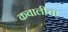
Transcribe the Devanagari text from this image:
कवालीचा